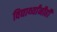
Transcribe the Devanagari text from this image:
विद्यार्थ्यांनीही